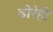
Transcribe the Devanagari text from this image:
ढोरेही